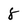
Character: 8